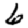
Digit: 6